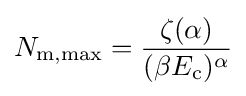
N_{\rm {m,max}}={\frac {\zeta (\alpha )}{(\beta E_{\rm {c}})^{\alpha }}}